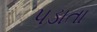
પડાતા